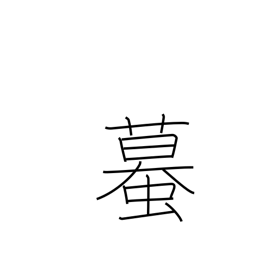
Meaning: toad